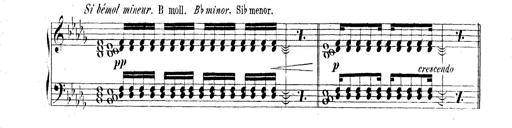
Title: Technische Studien
Composer: Franz Liszt